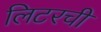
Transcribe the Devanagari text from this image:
लिटरची